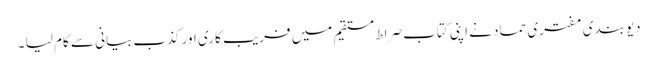
دیوبندی مفتری حماد نے اپنی کتاب صراط مستقیم میں فریب کاری اور کذب بیانی سے کام لیا ۔